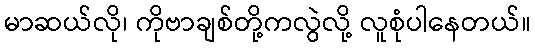
မာဆယ်လို၊ ကိုဗာချစ်တို့ကလွဲလို့ လူစုံပါနေတယ်။